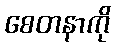
စေတနာကို